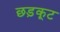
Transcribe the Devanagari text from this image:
छड़कूट